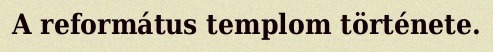
A református templom története.